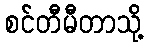
စင်တီမီတာသို့